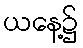
ယနေ့၌